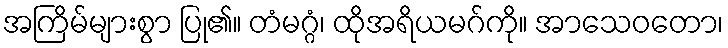
အကြိမ်များစွာ ပြု၏။ တံမဂ္ဂံ၊ ထိုအရိယမဂ်ကို။ အာသေဝတော၊